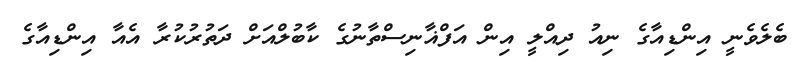
ބެލެވެނީ އިންޑިއާގެ ނިއު ދިއްލީ އިން އަފްޣާނިސްތާނުގެ ކާބުލްއަށް ދަތުރުކުރާ އެއާ އިންޑިއާގެ